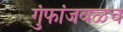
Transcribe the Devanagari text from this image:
गुंफांजवळच